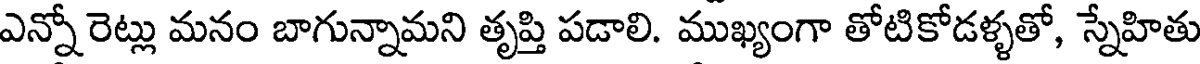
ఎన్నో రెట్లు మనం బాగున్నామని తృప్తి పడాలి. ముఖ్యంగా తోటికోడళ్ళతో, స్నేహితు